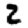
Digit: 2